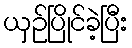
ယှဉ်ပြိုင်ခဲ့ပြီး